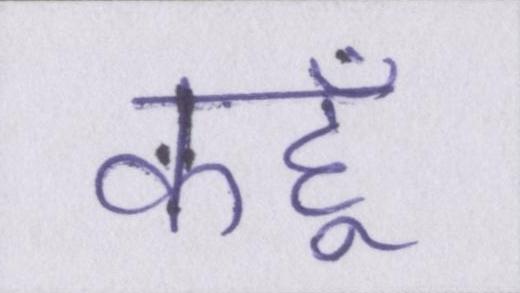
कहूँ